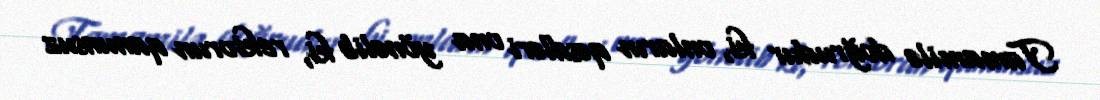
Tamamilə doğrudur ki, onların qəsdləri ona yönəlib ki, rektorun qanunsuz